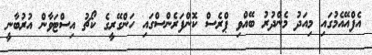
އެފްއޭއެމުގައި މިއަދު މެންދުރު ބޭއްވި ޕްރެސް ކޮންފަރެންސްގައި ހަންގޭރީގެ ކޯޗު އިސްޓަވާން އުރުބާނީ